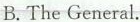
B.The General.